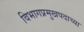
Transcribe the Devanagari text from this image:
विभागप्रमुखपदाच्या